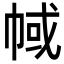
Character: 𢃎